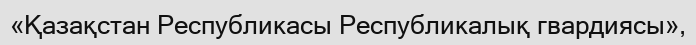
«Қазақстан Республикасы Республикалық гвардиясы»,